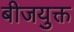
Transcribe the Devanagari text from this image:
बीजयुक्त